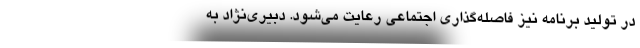
در تولید برنامه نیز فاصله‌گذاری اجتماعی رعایت می‌شود. دبیری‌نژاد به